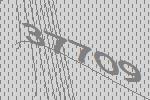
37709